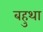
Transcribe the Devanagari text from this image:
बहुथा